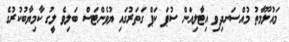
މައުލޫމާތު މުއްސަނދިވި އިޓާލިއަން ސުޕަ ކަޕް ގަތަރުގައި ޔުވެންޓަސް ބަލިވެ ލީގު ކާމިޔާބުކުރުގެ